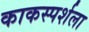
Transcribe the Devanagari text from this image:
काकस्पर्शला